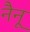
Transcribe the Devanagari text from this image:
नैनू